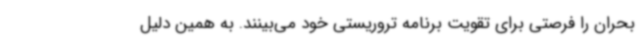
بحران را فرصتی برای تقویت برنامه تروریستی خود می‌بینند. به همین دلیل